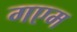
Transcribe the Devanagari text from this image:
गएम